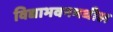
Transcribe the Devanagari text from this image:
विद्याभवनमधील